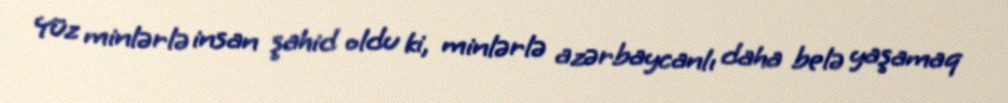
Yüz minlərlə insan şahid oldu ki, minlərlə azərbaycanlı daha belə yaşamaq